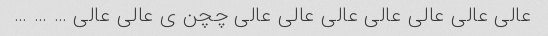
عالی عالی عالی عالی عالی عالی عالی چچن ی عالی عالی … … …